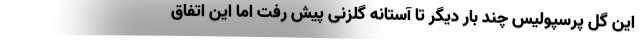
این گل پرسپولیس چند بار دیگر تا آستانه گلزنی پیش رفت اما این اتفاق